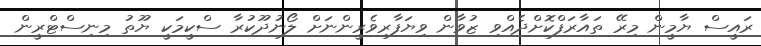
ރައީސް ޔާމީން މިރޭ ތައާރަފްކޮށްދެއްވި ޒުވާން ވިޔަފާރިވެރީންނަަށް ލޯނުދޫކުރާ ސްކީމަކީ ޔޫތު މިނިސްޓްރީން